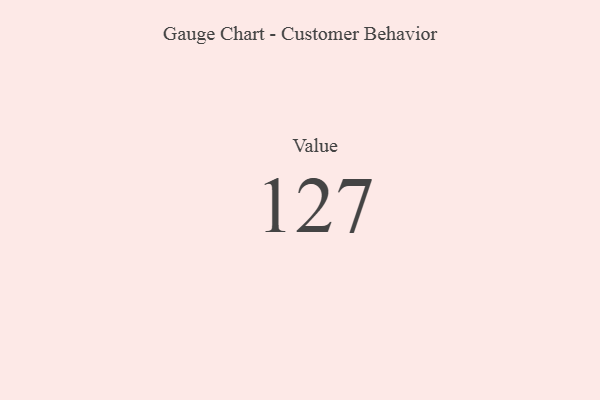
{"axis": {"x": "Metric", "y": "Value"}, "legend": [""], "data": [{"x": "Value", "y": 127, "type": ""}]}